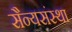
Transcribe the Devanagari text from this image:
सैन्यसंस्था